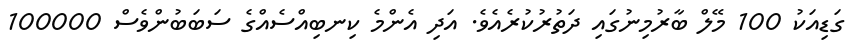
ގަޑިއަކު 100 މޭލް ބާރުމިނުގައި ދަތުރުކުރެއެވެ. އަދި އެންމެ ކިނބިއްސެއްގެ ސަބަބުންވެސް 100000